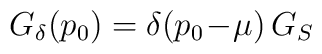
G_\delta(p_0)=\delta(p_0\! -\! \mu)\,G_S